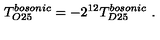
T _ { O 2 5 } ^ { b o s o n i c } = - 2 ^ { 1 2 } T _ { D 2 5 } ^ { b o s o n i c } \ .